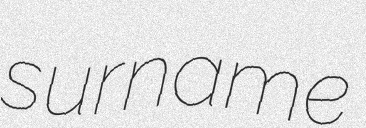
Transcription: surname